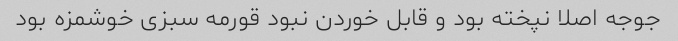
جوجه اصلا نپخته بود و قابل خوردن نبود قورمه سبزی خوشمزه بود